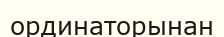
ординаторынан